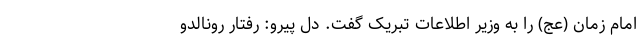
امام زمان (عج) را به وزیر اطلاعات تبریک گفت. دل پیرو: رفتار رونالدو